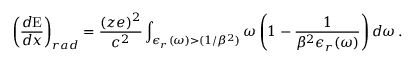
\left( \frac { d \mathrm { { E } } } { d x } \right) _ { r a d } = \frac { ( z e ) ^ { 2 } } { c ^ { 2 } } \int _ { \epsilon _ { r } ( \omega ) > ( 1 / \beta ^ { 2 } ) } \omega \left( 1 - \frac { 1 } { \beta ^ { 2 } \epsilon _ { r } ( \omega ) } \right) d \omega \, .